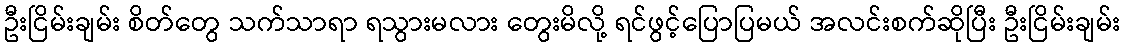
ဦးငြိမ်းချမ်း စိတ်တွေ သက်သာရာ ရသွားမလား တွေးမိလို့ ရင်ဖွင့်ပြောပြမယ် အလင်းစက်ဆိုပြီး ဦးငြိမ်းချမ်း